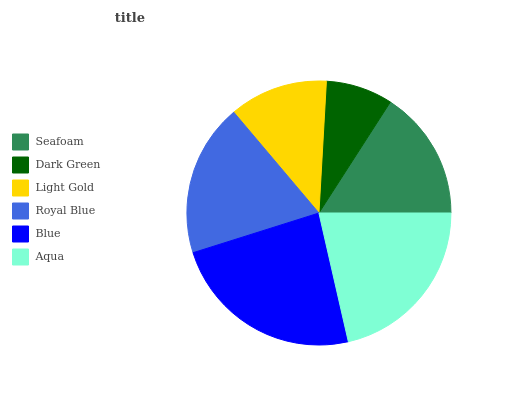
| Seafoam | Dark Green | Light Gold | Royal Blue | Blue | Aqua |
 | --- | --- | --- | --- | --- | --- |
 | 15.9% | 8.2% | 12.1% | 18.6% | 23.7% | 21.5% |